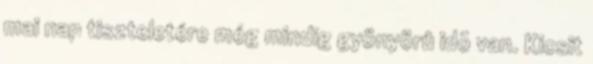
mai nap tiszteletére még mindig gyönyörû idõ van. Kicsit